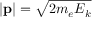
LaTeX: | \mathbf { p } | = { \sqrt { 2 m _ { e } E _ { k } } }